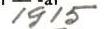
1915